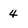
Character: 4